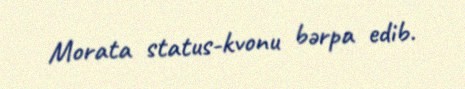
Morata status-kvonu bərpa edib.